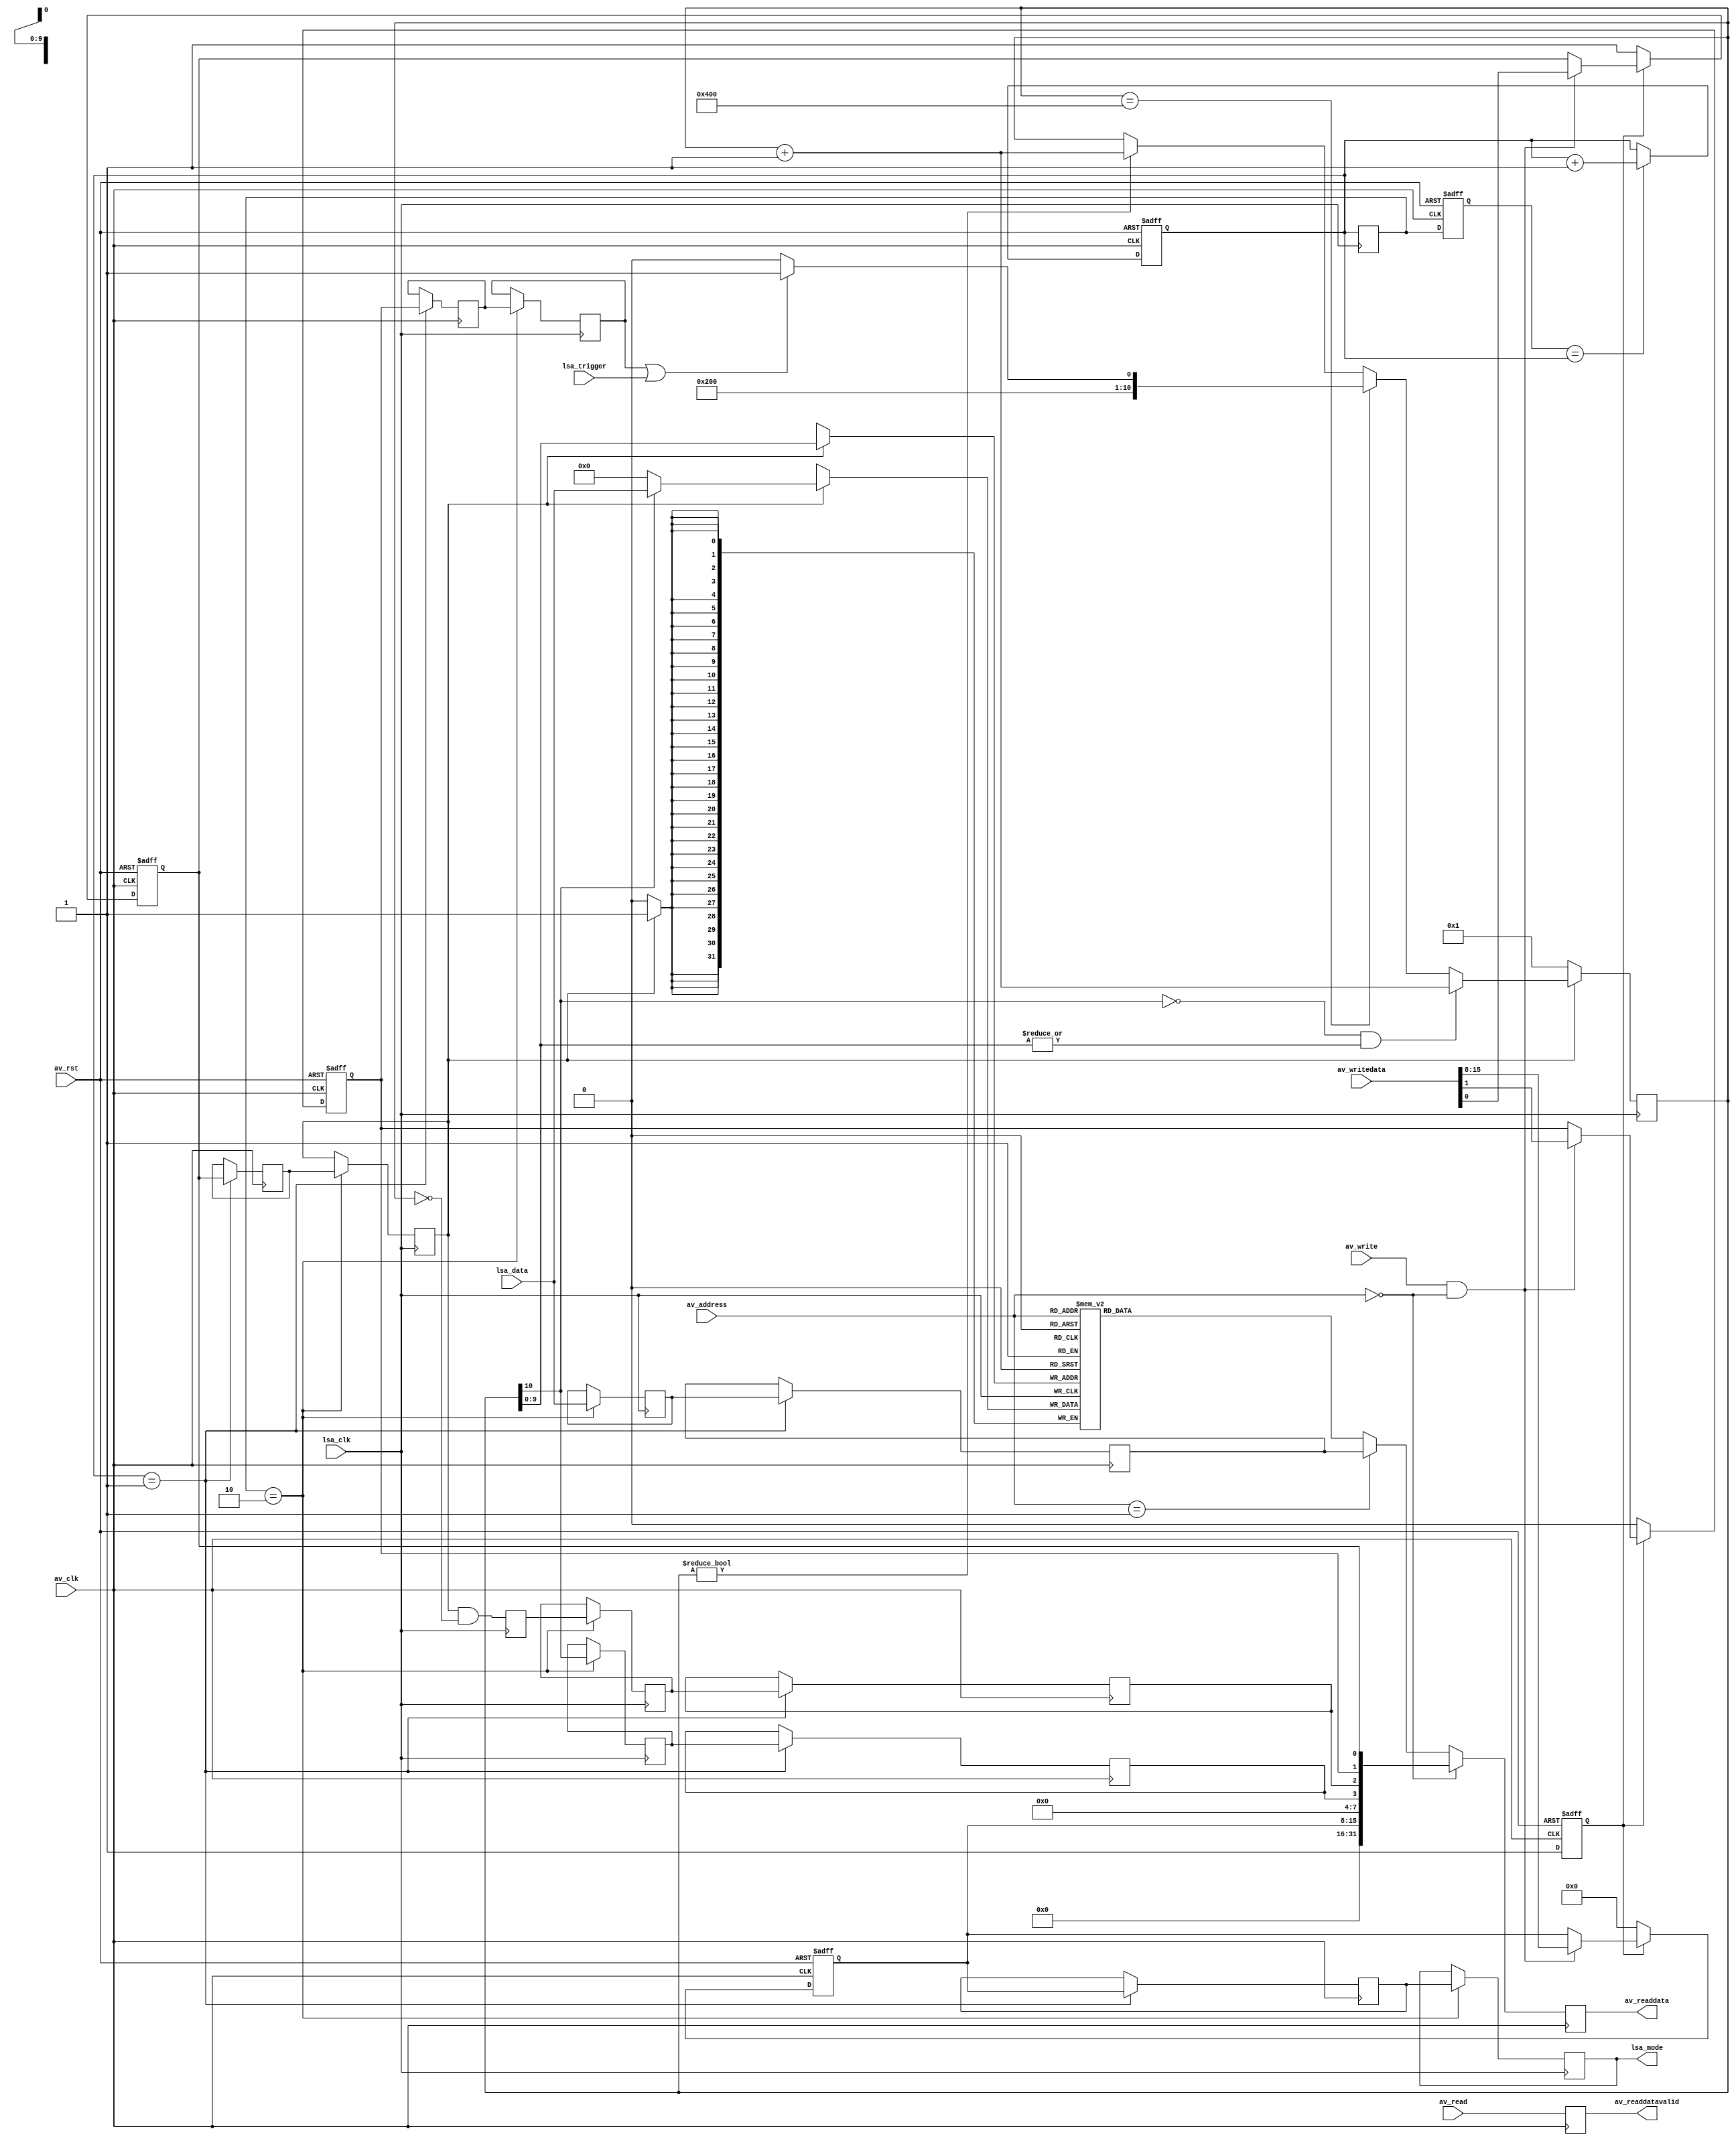
module debug_lsa
(
    input av_clk,
    input av_rst,

    input [9:0] av_address,
    input av_write,
    input av_read,
    input [31:0] av_writedata,
    output reg [31:0] av_readdata,
    output reg av_readdatavalid,

    output reg [7:0] lsa_mode,
    input lsa_clk,
    input lsa_trigger,
    input [31:0] lsa_data
);
    parameter INIT_ARMED = 1;
    parameter INIT_FORCED = 0;
    parameter INIT_MODE = 8'd0;

    //
    // Clock domain crossing
    //

    reg [1:0] sync_av;
    reg [1:0] sync_lsa;
    reg [1:0] sync_lsa_av;

    reg ctrl_arm;
    reg av_arm;
    reg lsa_arm;

    reg ctrl_force;
    reg av_force;
    reg lsa_force;

    reg [7:0] ctrl_mode;
    reg [7:0] av_mode;
    // lsa_mode in port list

    reg sample_done;
    reg av_done;
    reg lsa_done;

    wire sample_running;
    reg av_running;
    reg lsa_running;

    wire [31:0] sample_live = lsa_data;
    reg [31:0] av_live;
    reg [31:0] lsa_live;

    always @ (posedge av_clk or posedge av_rst)
        if (av_rst)
        begin
            sync_lsa_av <= 2'd0;
            sync_av <= 2'd0;
        end
        else
        begin
            sync_lsa_av <= sync_lsa;
            sync_av <= (sync_lsa_av == sync_av) ? sync_av + 2'd1 : sync_av;
        end

    always @ (posedge lsa_clk)
        sync_lsa <= sync_av;

    always @ (posedge av_clk)
        if (sync_av == 2'b01)
            {av_live, av_running, av_done, av_mode, av_force, av_arm} <=
                            {lsa_live, lsa_running, lsa_done, ctrl_mode, ctrl_force, ctrl_arm};

    always @ (posedge lsa_clk)
        if (sync_lsa == 2'b10)
            {lsa_live, lsa_running, lsa_done, lsa_mode, lsa_force, lsa_arm} <=
                            {sample_live, sample_running, sample_done, av_mode, av_force, av_arm};

    //
    // Sample state machine
    //

    reg [10:0] sample_waddr;
    assign sample_running = sample_waddr[10];
    reg [31:0] sample_data[1023:0];

    always @ (posedge lsa_clk)
        sample_done <= lsa_arm && (sample_waddr == 11'h000);

    always @ (posedge lsa_clk)
        if (!lsa_arm)
            sample_waddr <= 11'h001;
        else if (!sample_waddr[10] && |sample_waddr[9:0])
            sample_waddr <= sample_waddr + 11'd1;
        else if (sample_waddr == 11'h400)
            sample_waddr <= (lsa_force || lsa_trigger) ? 11'h401 : 11'h400;
        else if (sample_waddr != 11'h000)
            sample_waddr <= sample_waddr + 10'd1;

    always @ (posedge lsa_clk)
        if (lsa_arm)
            sample_data[sample_waddr[9:0]] <= (sample_waddr[10]) ? lsa_data : 32'd0;

    //
    // Control register
    //

    reg init_cycle;

    always @ (posedge av_clk or posedge av_rst)
        if (av_rst)
        begin
            ctrl_arm <= 1'b0;
            ctrl_force <= 1'b0;
            ctrl_mode <= 8'd0;
            init_cycle <= 1'b0;
        end
        else if (!init_cycle)
        begin
            ctrl_arm <= (INIT_ARMED != 0);
            ctrl_force <= (INIT_FORCED != 0);
            ctrl_mode <= INIT_MODE;
            init_cycle <= 1'b1;
        end
        else if (av_write && (av_address == 10'd0))
        begin
            ctrl_arm <= av_writedata[0];
            ctrl_force <= av_writedata[1];
            ctrl_mode <= av_writedata[15:8];
        end

    always @ (posedge av_clk)
        av_readdatavalid <= av_read;

    always @ (posedge av_clk)
        if (av_address == 10'd0)
            av_readdata <= {16'd0, ctrl_mode, 4'd0, av_running, av_done, ctrl_force, ctrl_arm};
        else if (av_address == 10'd1)
            av_readdata <= av_live;
        else
            av_readdata <= sample_data[av_address];

endmodule